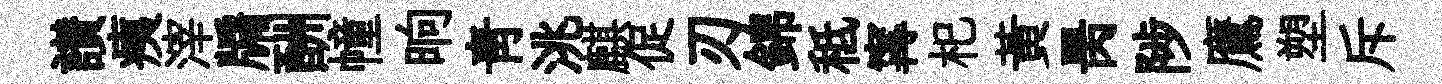
讃痍滓牖酬幢晌靑洮麒促刃錦秪𡩋𣏌黃昺陟鷹塑斥